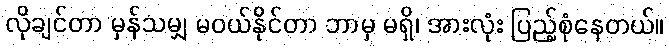
လိုချင်တာ မှန်သမျှ မဝယ်နိုင်တာ ဘာမှ မရှိ၊ အားလုံး ပြည့်စုံနေတယ်။